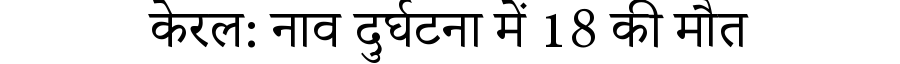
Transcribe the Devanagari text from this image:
केरल: नाव दुर्घटना में 18 की मौत